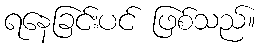
ရနေခြင်းပင် ဖြစ်သည်။